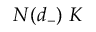
N ( d _ { - } ) ~ K